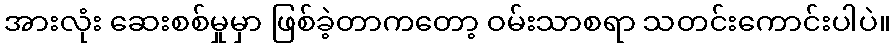
အားလုံး ဆေးစစ်မှုမှာ ဖြစ်ခဲ့တာကတော့ ဝမ်းသာစရာ သတင်းကောင်းပါပဲ။